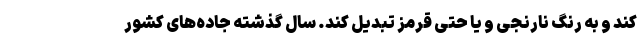
کند و به رنگ نارنجی و یا حتی قرمز تبدیل کند. سال گذشته جاده‌های کشور